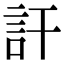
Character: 訐